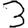
Digit: 3